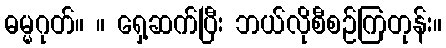
ဓမ္မဂုတ်။ ။ ရှေ့ဆက်ပြီး ဘယ်လိုစီစဉ်ကြတုန်း။